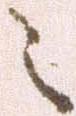
之